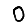
Digit: 0